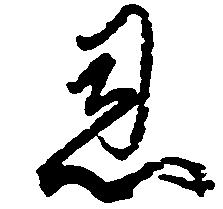
恩